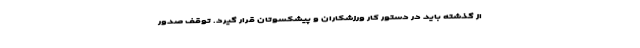
از گذشته باید در دستور کار ورزشکاران و پیشکسوتان قرار گیرد. توقف صدور